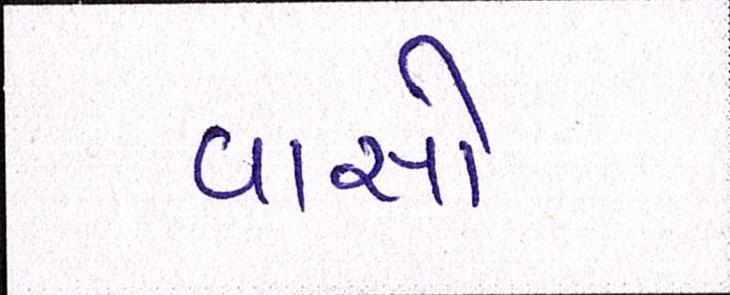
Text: વાસો